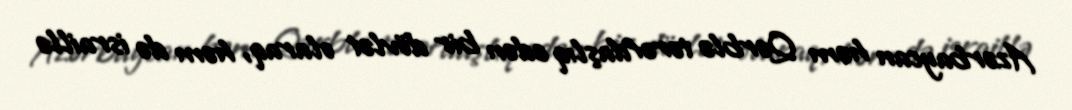
Azərbaycan həm Qərblə tərəfdaşlıq edən bir dövlət olaraq, həm də israillə